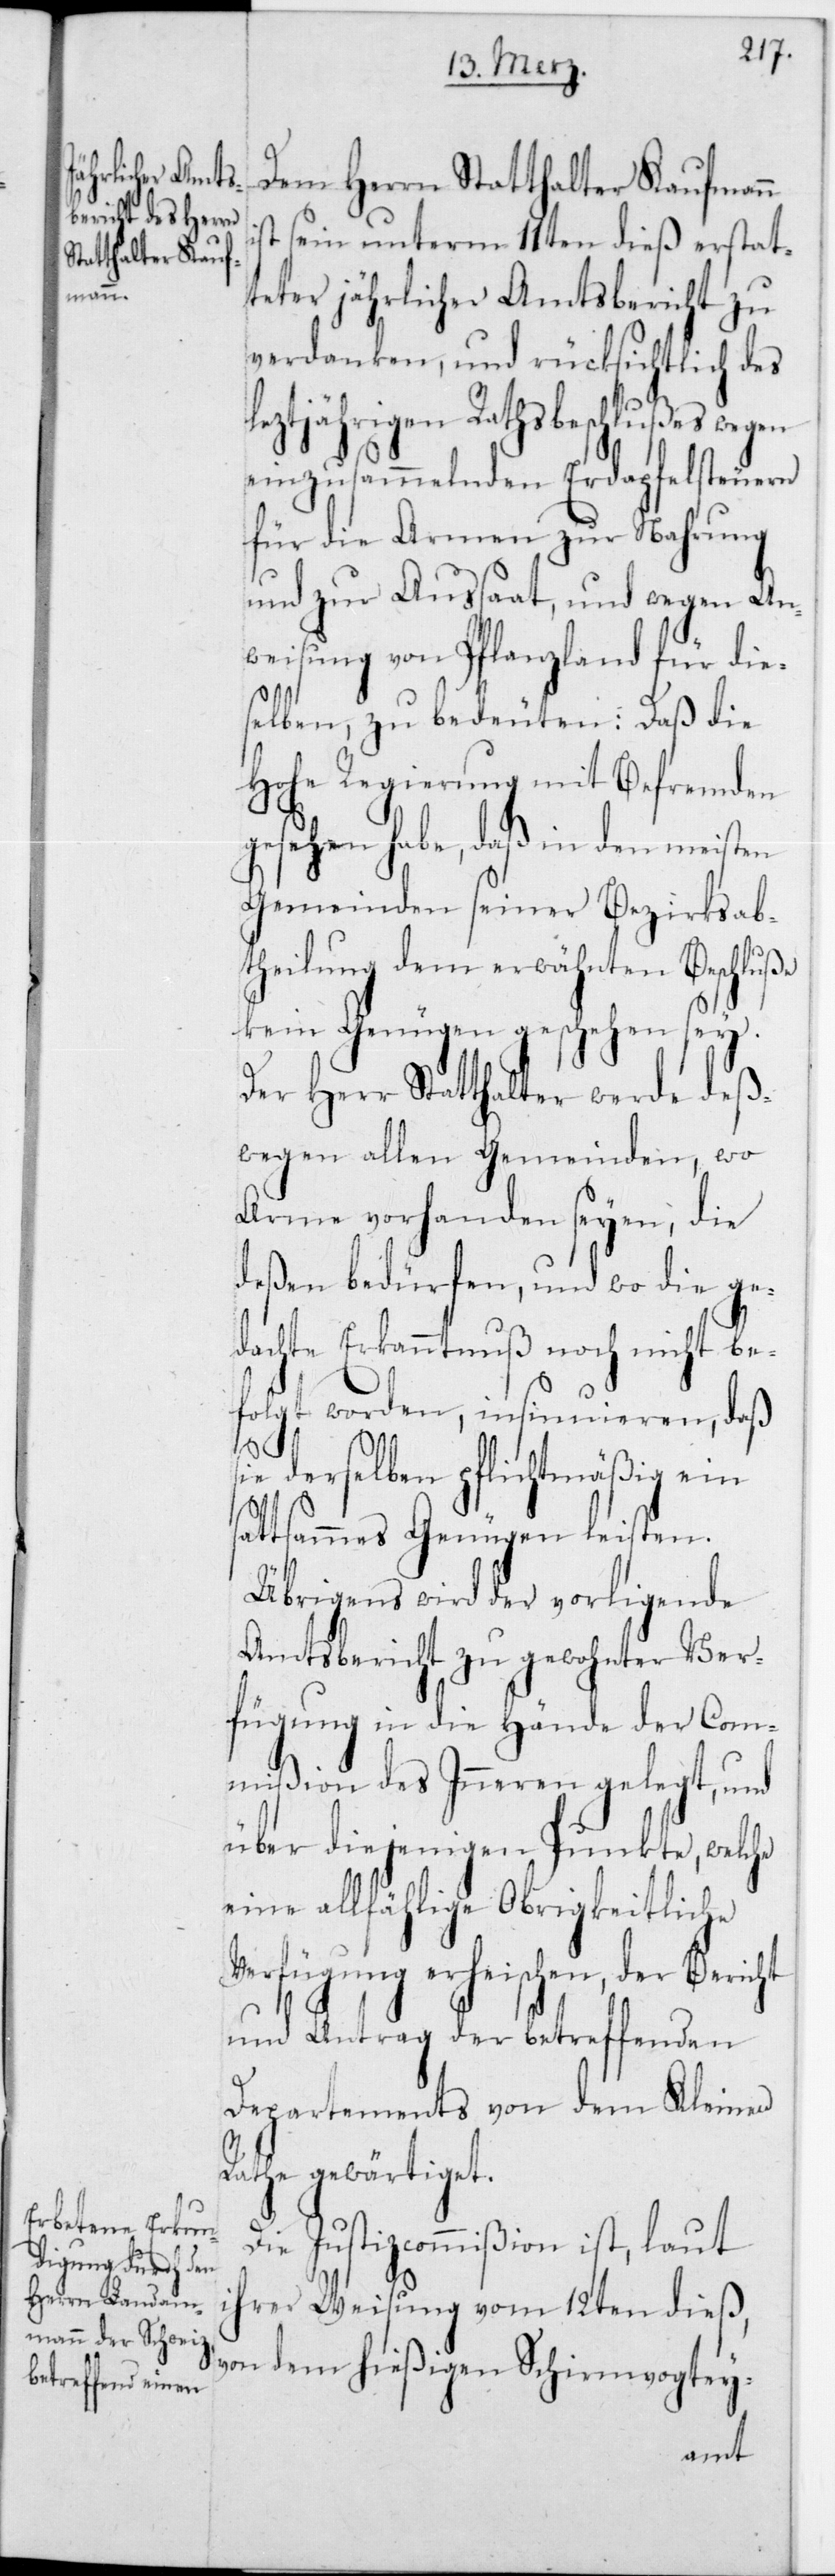
Dem Herrn Statthalter Kaufmann
sein unterm 11ten dieß erstat¬
teter jährlicher Amtsbericht zu
verdanken, und rücksichtlich des
eztjährigen Rathsbeschlußes wegen
einzusammelnden Erdapfelsteuern
für die Armen zur Nahrung
und zur Aussaat, und wegen An¬
weisung von Pflanzland für die¬
selben, zu bedeuten: Daß die
Hohe Regierung mit Befremden
gesehen habe, daß in den meisten
Gemeinden seiner Bezirksab¬
theilung dem erwähnten Beschluße
kein Genügen geschehen sey.
Der Herr Statthalter werde deß¬
wegen allen Gemeinden, wo
Arme vorhanden seien, die
deßen bedürfen, und wo die ge¬
dachte Erkanntnuß noch nicht be¬
folgt worden, insinuieren, dass
ht
ie derselben pflichtmäßig ein
sattsammes Genügen leisten.
Übrigens wird der vorliegende
Amtsbericht zu gewohnter Ver¬
fügung in die Hände der Com¬
mißion des Innern gelegt, und
über diejenigen Punkte, welche
eine allfählige Obrigkeitliche
Verfügung erheischen, der Beric¬
und Antrag der betreffenden
Departements von dem Kleinen
Rathe gewärtiget.
Die Justizcommißion ist, laut
ihrer Weisung vom 12ten dieß,
von dem hießigen Schirmvogtey-